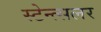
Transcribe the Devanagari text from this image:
स्टेन्त्सलर